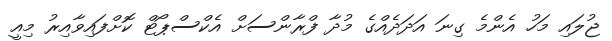
ޖުލައި މަހު އެންމެ ގިނަ އަދަދެއްގެ މުދާ ފްރާންސަށް އެކްސްޕޯޓް ކޮށްފައިވާއިރު މިއީ